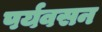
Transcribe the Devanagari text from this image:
पर्यवसन